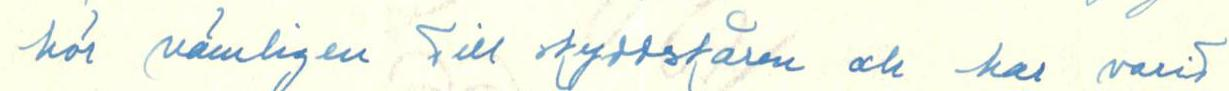
kör nämligen till skyddskåren och har varit